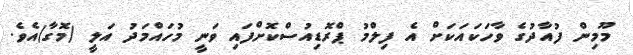
މޫމިން ފުއާދުގެ ވާހަކައަކަށް އެ ފިލްމު ޕްރޮޑިއުސްކޮށްފައި ވަނީ މުހައްމަދު އަލީ (މޮގާ)އެވެ.